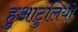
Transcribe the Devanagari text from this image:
हुआटुलियो